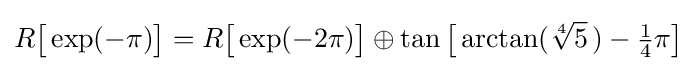
R{\bigl [}\exp(-\pi ){\bigr ]}=R{\bigl [}\exp(-2\pi ){\bigr ]}\oplus \tan {\bigl [}\arctan({\sqrt[{4}]{5}}\,)-{\tfrac {1}{4}}\pi {\bigr ]}